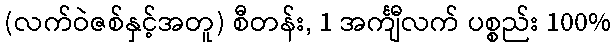
(လက်ဝဲဇစ်နှင့်အတူ) စီတန်း, 1 အင်္ကျီလက် ပစ္စည်း 100%